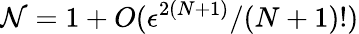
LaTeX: \mathcal{N}=1+O(\epsilon^{2(N+1)}/(N+1)!)